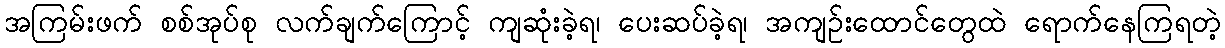
အကြမ်းဖက် စစ်အုပ်စု လက်ချက်ကြောင့် ကျဆုံးခဲ့ရ၊ ပေးဆပ်ခဲ့ရ၊ အကျဉ်းထောင်တွေထဲ ရောက်နေကြရတဲ့